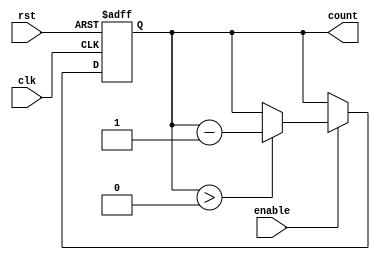
module decremental_counter #(
    parameter MAX_VALUE = 255,  // Define the maximum value for the counter
    parameter WIDTH = 8          // Bit-width of the counter
)(
    input wire clk,              // Clock signal
    input wire rst,              // Asynchronous reset signal
    input wire enable,           // Enable signal for decrementing
    output reg [WIDTH-1:0] count // Current count value
);

    // Initial value for the counter
    initial begin
        count = MAX_VALUE;       // Initialize count to MAX_VALUE
    end

    // Asynchronous reset and synchronous decrement logic
    always @(posedge clk or posedge rst) begin
        if (rst) begin
            count <= MAX_VALUE;   // Reset the counter to MAX_VALUE
        end else if (enable) begin
            if (count > 0) begin
                count <= count - 1; // Decrement the counter
            end
            // If count is already 0, it remains 0
        end
    end

endmodule